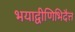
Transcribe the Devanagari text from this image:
भयाद्वीणिभिदैत्त